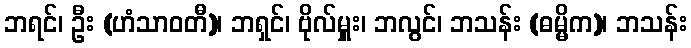
ဘရင်၊ ဦး (ဟံသာဝတီ)၊ ဘရှင်၊ ဗိုလ်မှူး၊ ဘလွင်၊ ဘသန်း (ဓမ္မိက)၊ ဘသန်း